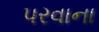
પરવાના